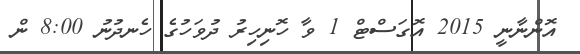
އޮންނާނީ 2015 އޮގަސްޓް 1 ވާ ހޮނިހިރު ދުވަހުގެ ހެނދުނު 8:00 ން